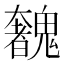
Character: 𩴟